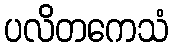
ပလိတကေသံ